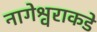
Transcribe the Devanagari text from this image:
नागेश्वराकडे